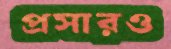
প্রসারও